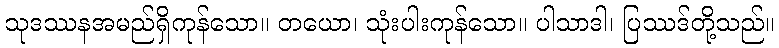
သုဒဿနအမည်ရှိကုန်သော။ တယော၊ သုံးပါးကုန်သော။ ပါသာဒါ၊ ပြဿဒ်တို့သည်။